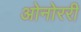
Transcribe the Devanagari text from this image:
ओनोररी